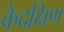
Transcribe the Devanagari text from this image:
केदक्षिण